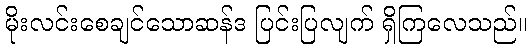
မိုးလင်းစေချင်သောဆန်ဒ ပြင်းပြလျက် ရှိကြလေသည်။